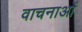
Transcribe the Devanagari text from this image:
वाचनाओं